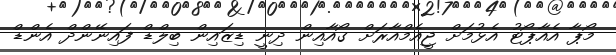
މޯޕާ އެއާޕޯޓު އެޅުމަށް ޖީއެމްއާރަށް ގޯއާއިން ދިނީ ޑިޒައިން ބިލްޑް ފައިނޭންދް އެންޑް